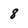
Character: 8